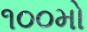
૧૦૦મો